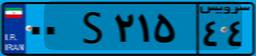
۰۰S۲۱۵۴۴